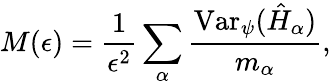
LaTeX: M(\epsilon)=\frac{1}{\epsilon^{2}}\sum_{\alpha}\frac{\mathrm{Var}_{\psi}(\hat{H}_{\alpha})}{m_{\alpha}},